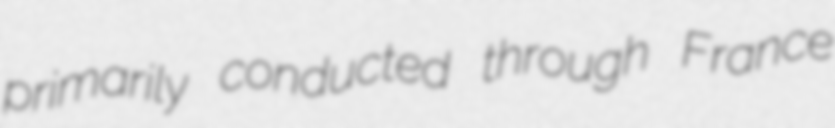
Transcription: primarily conducted through France